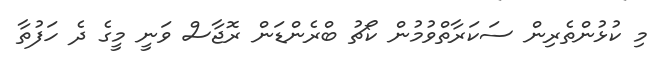
މި ކުޅުންތެރިން ސަކަރާތްވުމުން ކޯޗު ބްރެންޑަން ރޮޖާސް ވަނީ މީގެ ދެ ހަފުތާ